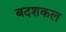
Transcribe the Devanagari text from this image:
बदशकल